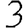
Digit: 3